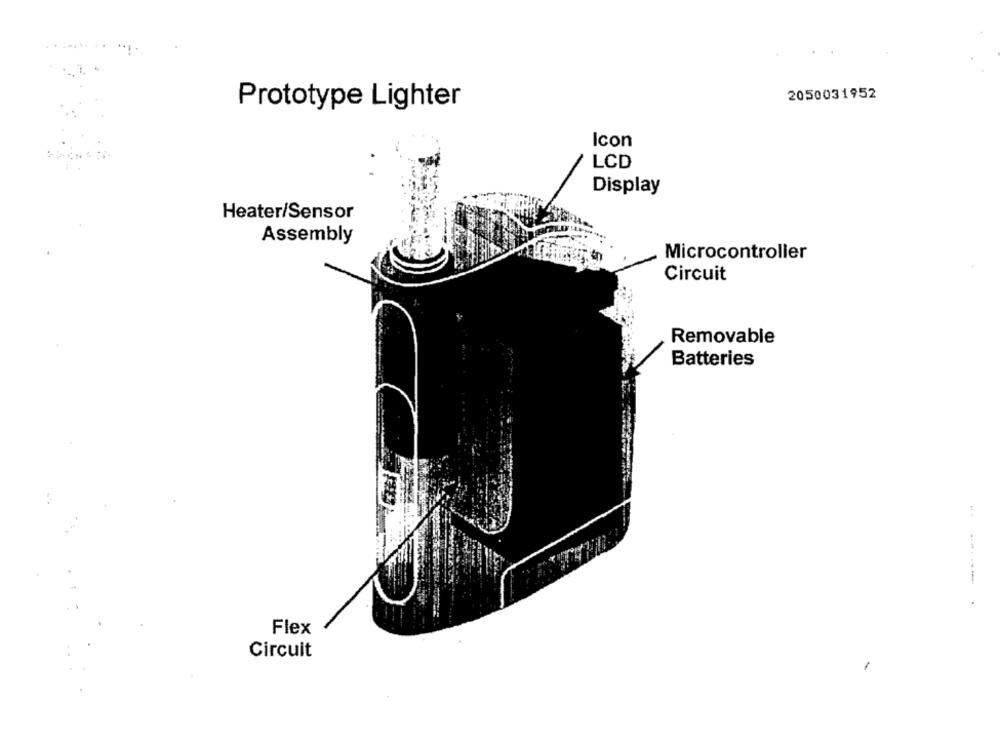
...... ..
....
2050031952
Prototype Lighter
Icon
LCD
Display
Heater/Sensor
Assembly
Microcontroller
Circuit
Removable
Batteries
--------
Flex
Circuit